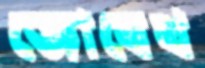
জোবেথ